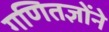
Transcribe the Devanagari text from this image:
गणितज्ञोंने